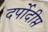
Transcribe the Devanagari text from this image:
दर्पोदीप्त